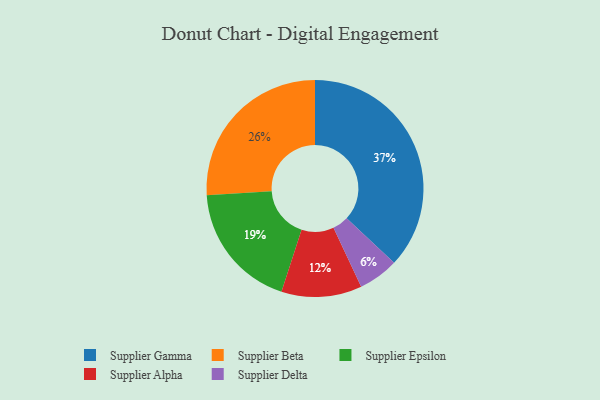
{"axis": {"x": "Category", "y": "Percentage"}, "legend": ["Supplier Alpha", "Supplier Beta", "Supplier Delta", "Supplier Epsilon", "Supplier Gamma"], "data": [{"x": "Supplier Gamma", "y": 37, "type": "Supplier Gamma"}, {"x": "Supplier Epsilon", "y": 19, "type": "Supplier Epsilon"}, {"x": "Supplier Alpha", "y": 12, "type": "Supplier Alpha"}, {"x": "Supplier Delta", "y": 6, "type": "Supplier Delta"}, {"x": "Supplier Beta", "y": 26, "type": "Supplier Beta"}]}